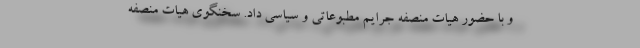
و با حضور هیات منصفه جرایم مطبوعاتی و سیاسی داد. سخنگوی هیات منصفه